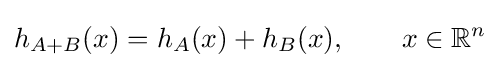
h_{A+B}(x)=h_{A}(x)+h_{B}(x),\qquad x\in \mathbb {R} ^{n}